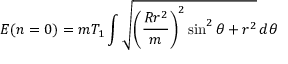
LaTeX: { \cal E } ( n = 0 ) = m T _ { 1 } \int \sqrt { \bigg ( \frac { R r ^ { 2 } } { m } \bigg ) ^ { 2 } \sin ^ { 2 } \theta + r ^ { 2 } } \, d \theta